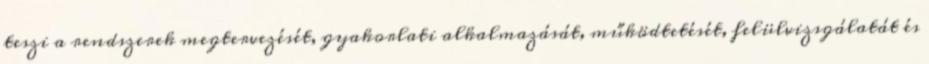
teszi a rendszerek megtervezését, gyakorlati alkalmazását, működtetését, felülvizsgálatát és